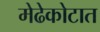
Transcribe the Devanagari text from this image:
मेढेकोटात